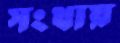
সংখায়